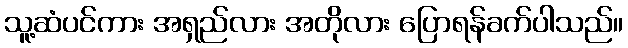
သူ့ဆံပင်ကား အရှည်လား အတိုလား ပြောရန်ခက်ပါသည်။